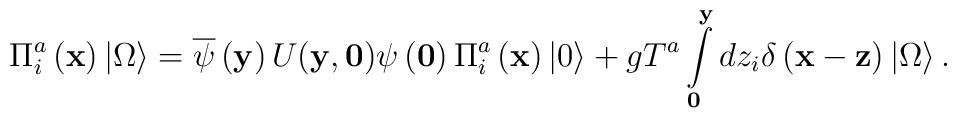
\Pi _i^a \left( {\bf x} \right)\left| \Omega \right\rangle =\overline \psi  \left( {\bf y} \right)U({\bf y},{\bf 0})\psi\left( {\bf 0} \right)\Pi _i^a \left( {\bf x} \right)\left| 0\right\rangle  + gT^a \int\limits_{\bf 0}^{\bf y} {dz_i } \delta\left( {{\bf x} - {\bf z}} \right)\left| \Omega \right\rangle.